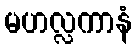
မဟလ္လကာနံ